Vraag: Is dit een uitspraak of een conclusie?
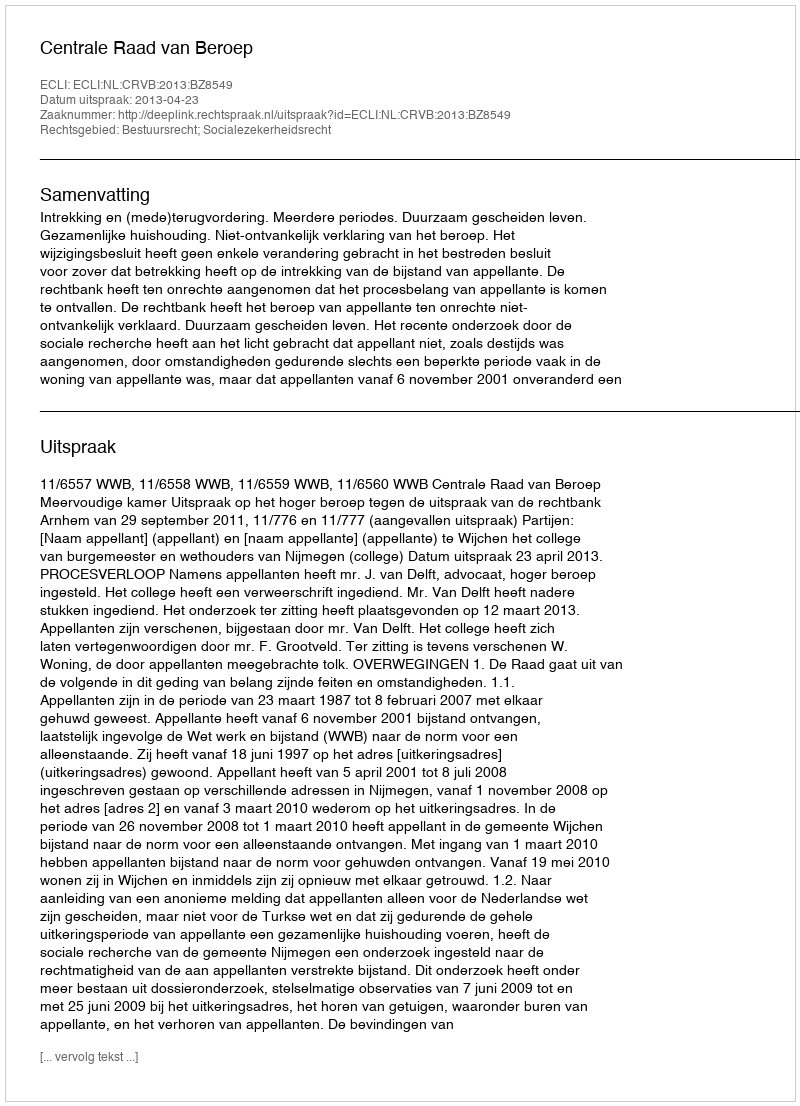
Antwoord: Uitspraak